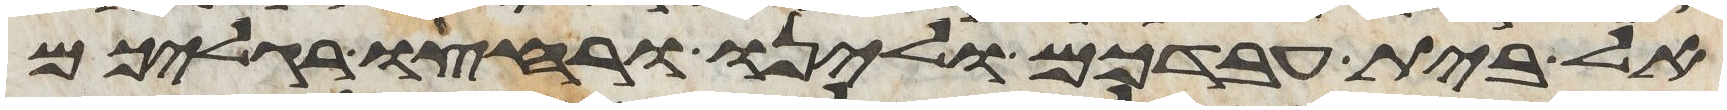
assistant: אל בית עבדכם ולינו ורחצו רגליכם